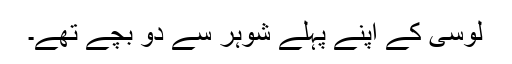
لوسی کے اپنے پہلے شوہر سے دو بچے تھے۔